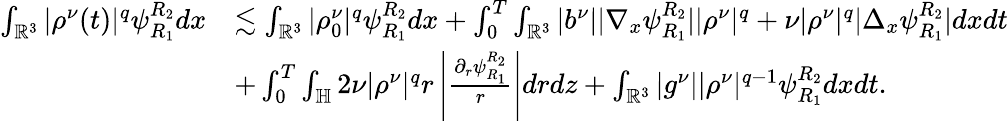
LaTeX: \begin{array}{rl}{\int_{\mathbb{R}^{3}}|\rho^{\nu}(t)|^{q}\psi_{R_{1}}^{R_{2}}dx}&{\lesssim\int_{\mathbb{R}^{3}}|\rho_{0}^{\nu}|^{q}\psi_{R_{1}}^{R_{2}}dx+\int_{0}^{T}\int_{\mathbb{R}^{3}}|b^{\nu}||\nabla_{x}\psi_{R_{1}}^{R_{2}}||\rho^{\nu}|^{q}+\nu|\rho^{\nu}|^{q}|\Delta_{x}\psi_{R_{1}}^{R_{2}}|dxdt}\\ &{+\int_{0}^{T}\int_{\mathbb{H}}2\nu|\rho^{\nu}|^{q}r\left|\frac{\partial_{r}\psi_{R_{1}}^{R_{2}}}{r}\right|drdz+\int_{\mathbb{R}^{3}}|g^{\nu}||\rho^{\nu}|^{q-1}\psi_{R_{1}}^{R_{2}}dxdt.}\end{array}